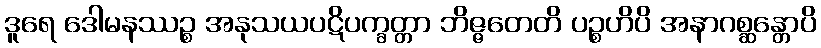
ဒူရေ ဒေါမနဿဉ္စ အနုသယပဋိပက္ခတ္တာ ဘိဇ္ဇတေတိ ပဉ္စဟိပိ အနာဂစ္ဆန္တောပိ